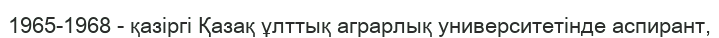
1965-1968 - қазіргі Қазақ ұлттық аграрлық университетінде аспирант,